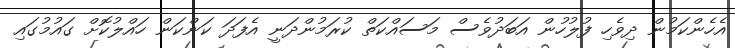
އެހެންކަމުން ދިވެހި ފުލުހުން އަބަދުވެސް މަސައްކަތް ކުރަމުންދަނީ އެފަދަ ކަންކަން ހައްލުކޮށް ގައުމުގައި